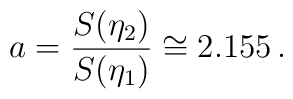
a=\frac{S(\eta _{2})}{S(\eta _{1})}\cong 2.155\, .